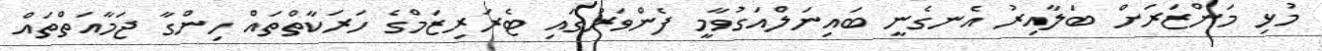
މުޅި މަންޒަރަށް ބަލާއިރު އެނގެނީ ބައިނަލްއަގުވާމީ ފެންވަރުގައި ޓެރަރިޒަމްގެ ހަރަކާތްތައް ހިންގާ ޖަމާއަތްތައް